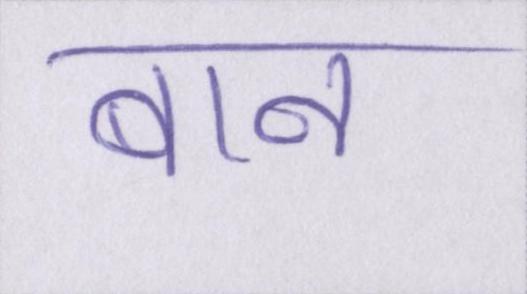
बान